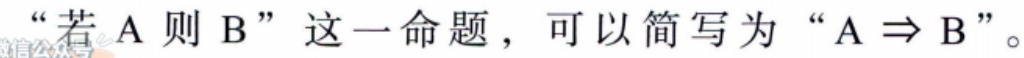
“若 A 则 B”这一命题，可以简写为“A $\Rightarrow$ B”。